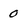
Character: 0